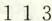
1 1 3